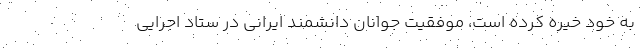
به خود خیره کرده است، موفقیت جوانان دانشمند ایرانی در ستاد اجرایی